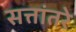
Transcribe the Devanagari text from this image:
सत्तांतरे